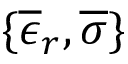
\{ \overline { { \epsilon } } _ { r } , \overline { { \sigma } } \}